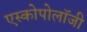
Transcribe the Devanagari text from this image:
एस्कोपोलॉजी